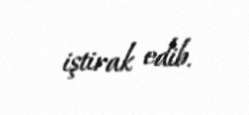
iştirak edib.